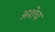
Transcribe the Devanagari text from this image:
अशेच